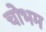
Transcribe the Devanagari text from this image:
चोभम